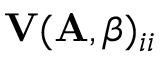
\mathbf { V } ( \mathbf { A } , \beta ) _ { i i }